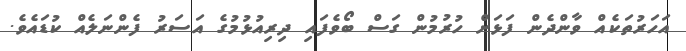
އަހަރުތަކެއް ވާންދެން ފަޅަށް ހުރުމުން ގަސް ބޯވެފައި ދިރިއުޅުމުގެ އަސަރު ފެންނަލެއް ކުޑައެވެ.